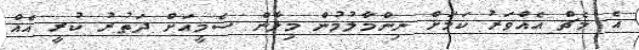
އެ މެޗް އެއްވަރު ކަމަށް ނިންމާލުމުން މިލާން ސެމީއަށް ދަތުރު ކުރީ އެއް